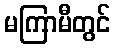
မကြာမီတွင်